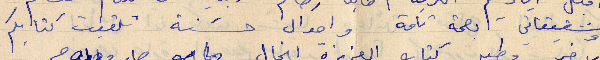
وشقيقاتي بصحة تامة واحوال حسنة تلقيت كتابكم